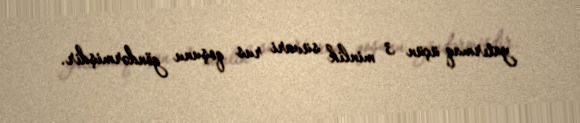
yatırmaq üçün 3 minlik süvari rus qoşunu göndərmişdir.